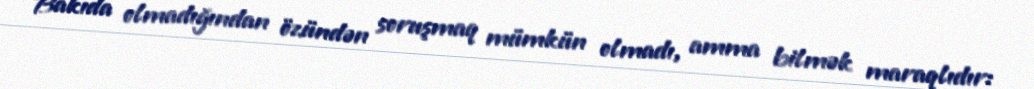
Bakıda olmadığından özündən soruşmaq mümkün olmadı, amma bilmək maraqlıdır: